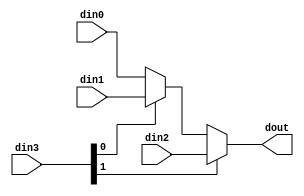
// ==============================================================
// Vivado(TM) HLS - High-Level Synthesis from C, C++ and SystemC v2019.1 (64-bit)
// Copyright 1986-2019 Xilinx, Inc. All Rights Reserved.
// ==============================================================

`timescale 1ns/1ps

module design_1_v_demosaic_0_0_v_demosaic_mux_32_8_1_1 #(
parameter
    ID                = 0,
    NUM_STAGE         = 1,
    din0_WIDTH       = 32,
    din1_WIDTH       = 32,
    din2_WIDTH       = 32,
    din3_WIDTH         = 32,
    dout_WIDTH            = 32
)(
    input  [7 : 0]     din0,
    input  [7 : 0]     din1,
    input  [7 : 0]     din2,
    input  [1 : 0]    din3,
    output [7 : 0]   dout);

// puts internal signals
wire [1 : 0]     sel;
// level 1 signals
wire [7 : 0]         mux_1_0;
wire [7 : 0]         mux_1_1;
// level 2 signals
wire [7 : 0]         mux_2_0;

assign sel = din3;

// Generate level 1 logic
assign mux_1_0 = (sel[0] == 0)? din0 : din1;
assign mux_1_1 = din2;

// Generate level 2 logic
assign mux_2_0 = (sel[1] == 0)? mux_1_0 : mux_1_1;

// output logic
assign dout = mux_2_0;

endmodule